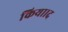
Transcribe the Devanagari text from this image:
किया।द